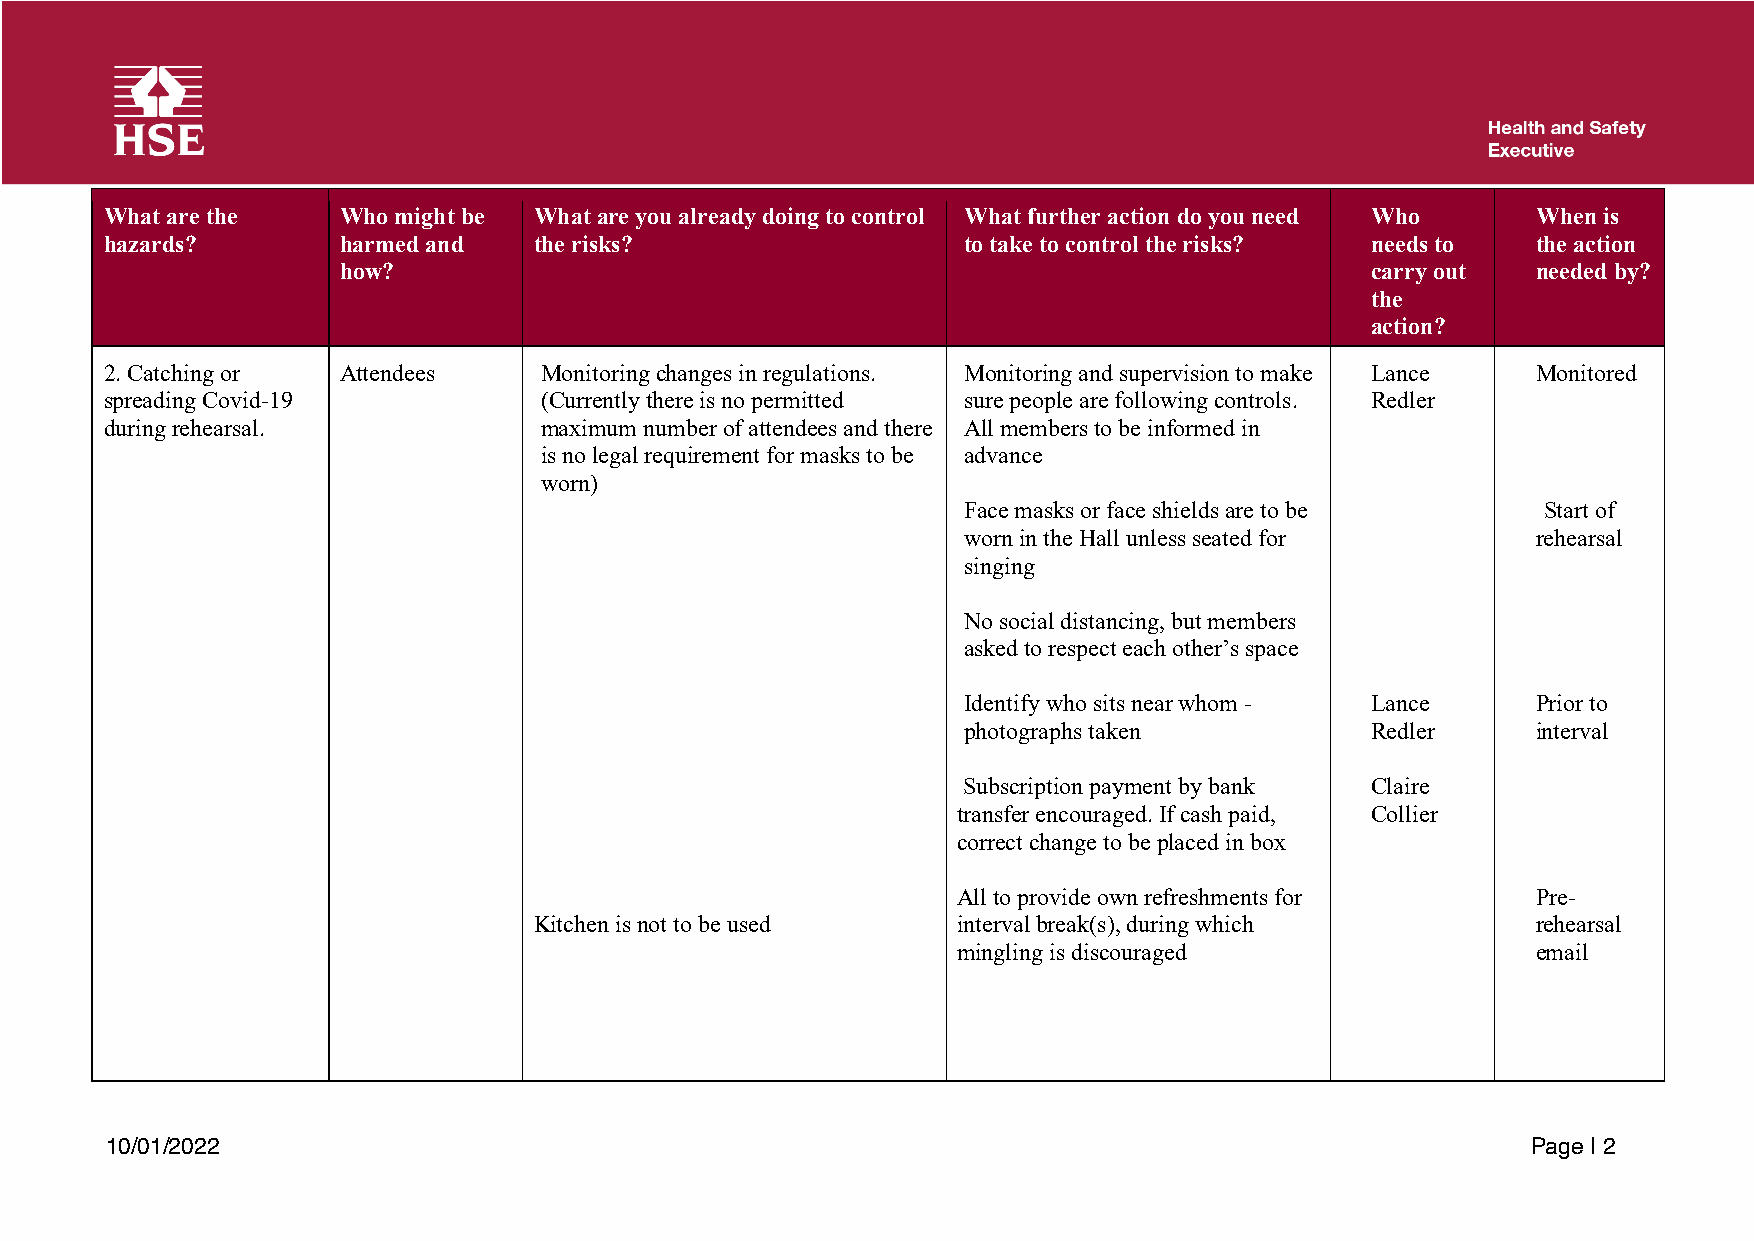
What are the   Who might be What are you already doing to control What further action do you need Who When is
 hazards?       harmed and   the risks?                   to take to control the risks? needs to the action
 how?                                                                 carry out  needed by?
 the
 action?
 2. Catching or Attendees     Monitoring changes in regulations. Monitoring and supervision to make Lance Monitored
 spreading Covid-19           (Currently there is no permitted sure people are following controls. Redler
 during rehearsal.            maximum number of attendees and there All members to be informed in
 is no legal requirement for masks to be advance
 worn)
 Face masks or face shields are to be  Start of
 worn in the Hall unless seated for    rehearsal
 singing
 No social distancing, but members
 asked to respect each other’s space
 Identify who sits near whom - Lance   Prior to
 photographs taken          Redler     interval
 Subscription payment by bank Claire
 transfer encouraged. If cash paid, Collier
 correct change to be placed in box
 All to provide own refreshments for    Pre-
 Kitchen is not to be used   interval break(s), during which        rehearsal
 mingling is discouraged                email
 10/01/2022                                                                                    Page | 2